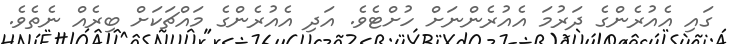
ގައި އެއުރެންގެ ދަރުމަ އެއުރެންނަށް ހުށްޓެވެ. އަދި އެއުރެންގެ މައްޗަކަށް ބިރެއް ނެތެވެ.